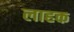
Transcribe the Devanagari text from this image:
लाहक